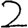
Digit: 2